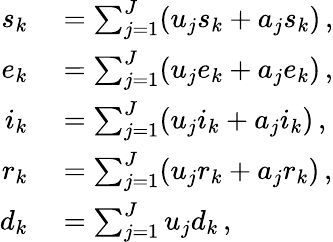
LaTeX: \begin{array}{rl}{s_{k}}&{{}=\sum_{j=1}^{J}(u_{j}s_{k}+a_{j}s_{k})\, ,}\\ {e_{k}}&{{}=\sum_{j=1}^{J}(u_{j}e_{k}+a_{j}e_{k})\, ,}\\ {i_{k}}&{{}=\sum_{j=1}^{J}(u_{j}i_{k}+a_{j}i_{k})\, ,}\\ {r_{k}}&{{}=\sum_{j=1}^{J}(u_{j}r_{k}+a_{j}r_{k})\, ,}\\ {d_{k}}&{{}=\sum_{j=1}^{J}u_{j}d_{k}\, ,}\end{array}